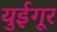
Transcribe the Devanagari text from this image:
युईगूर